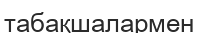
табақшалармен